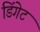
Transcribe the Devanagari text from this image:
डिंगेट